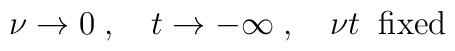
\nu\rightarrow 0 \;,\quad t \rightarrow -\infty \;,\quad\nu t\;\;\mathrm{fixed}